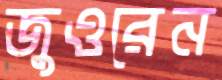
জুওরেন